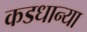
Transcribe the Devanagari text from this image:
कडधान्या